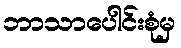
ဘာသာပေါင်းစုံမှ